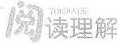
阅读理解